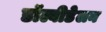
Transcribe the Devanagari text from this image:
डॉल्वीडेलन